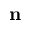
\textbf { n }